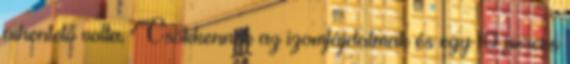
pihentető volta. Csökkennek az izomfájdalmak és egy 10 perces